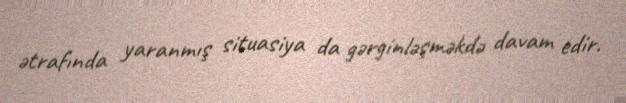
ətrafında yaranmış situasiya da gərginləşməkdə davam edir.